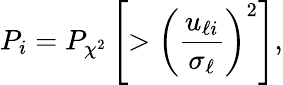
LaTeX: P_{i}=P_{\chi^{2}}\left[>\left(\frac{u_{\ell i}}{\sigma_{\ell}}\right)^{2}\right],